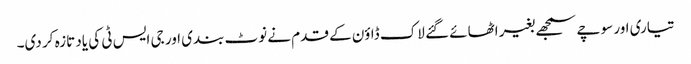
تیاری اور سوچے سمجھے بغیر اٹھائے گئے لاک ڈاؤن کے قدم نے نوٹ بندی اور جی ایس ٹی کی یاد تازہ کر دی۔